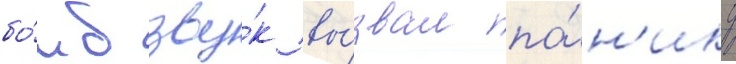
бо́мб зву́к вы́звал па́н'ику